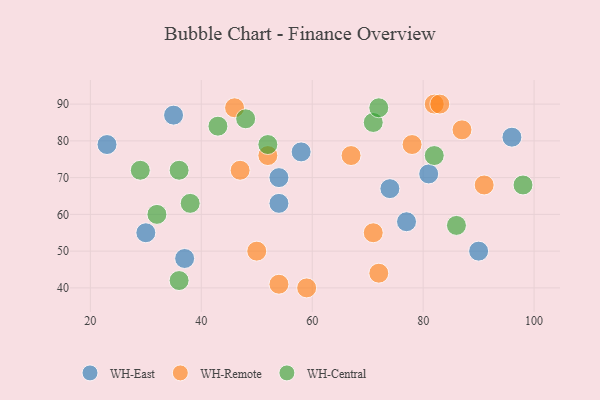
{"axis": {"x": "GDP", "y": "Life Expectancy"}, "legend": ["WH-Central", "WH-East", "WH-Remote"], "data": [{"x": "74", "y": 67, "type": "WH-East"}, {"x": "37", "y": 48, "type": "WH-East"}, {"x": "54", "y": 63, "type": "WH-East"}, {"x": "90", "y": 50, "type": "WH-East"}, {"x": "35", "y": 87, "type": "WH-East"}, {"x": "96", "y": 81, "type": "WH-East"}, {"x": "81", "y": 71, "type": "WH-East"}, {"x": "54", "y": 70, "type": "WH-East"}, {"x": "77", "y": 58, "type": "WH-East"}, {"x": "58", "y": 77, "type": "WH-East"}, {"x": "30", "y": 55, "type": "WH-East"}, {"x": "23", "y": 79, "type": "WH-East"}, {"x": "52", "y": 76, "type": "WH-Remote"}, {"x": "82", "y": 90, "type": "WH-Remote"}, {"x": "71", "y": 55, "type": "WH-Remote"}, {"x": "91", "y": 68, "type": "WH-Remote"}, {"x": "67", "y": 76, "type": "WH-Remote"}, {"x": "47", "y": 72, "type": "WH-Remote"}, {"x": "59", "y": 40, "type": "WH-Remote"}, {"x": "78", "y": 79, "type": "WH-Remote"}, {"x": "72", "y": 44, "type": "WH-Remote"}, {"x": "50", "y": 50, "type": "WH-Remote"}, {"x": "83", "y": 90, "type": "WH-Remote"}, {"x": "54", "y": 41, "type": "WH-Remote"}, {"x": "46", "y": 89, "type": "WH-Remote"}, {"x": "87", "y": 83, "type": "WH-Remote"}, {"x": "38", "y": 63, "type": "WH-Central"}, {"x": "36", "y": 42, "type": "WH-Central"}, {"x": "32", "y": 60, "type": "WH-Central"}, {"x": "52", "y": 79, "type": "WH-Central"}, {"x": "71", "y": 85, "type": "WH-Central"}, {"x": "29", "y": 72, "type": "WH-Central"}, {"x": "36", "y": 72, "type": "WH-Central"}, {"x": "82", "y": 76, "type": "WH-Central"}, {"x": "48", "y": 86, "type": "WH-Central"}, {"x": "86", "y": 57, "type": "WH-Central"}, {"x": "98", "y": 68, "type": "WH-Central"}, {"x": "43", "y": 84, "type": "WH-Central"}, {"x": "72", "y": 89, "type": "WH-Central"}]}